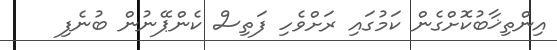
އިންތިޚާބުކޮށްގެން ކަމުގައި ރަށްވެހި ފަތިސް ކެންޕޭނުން ބުނެފި